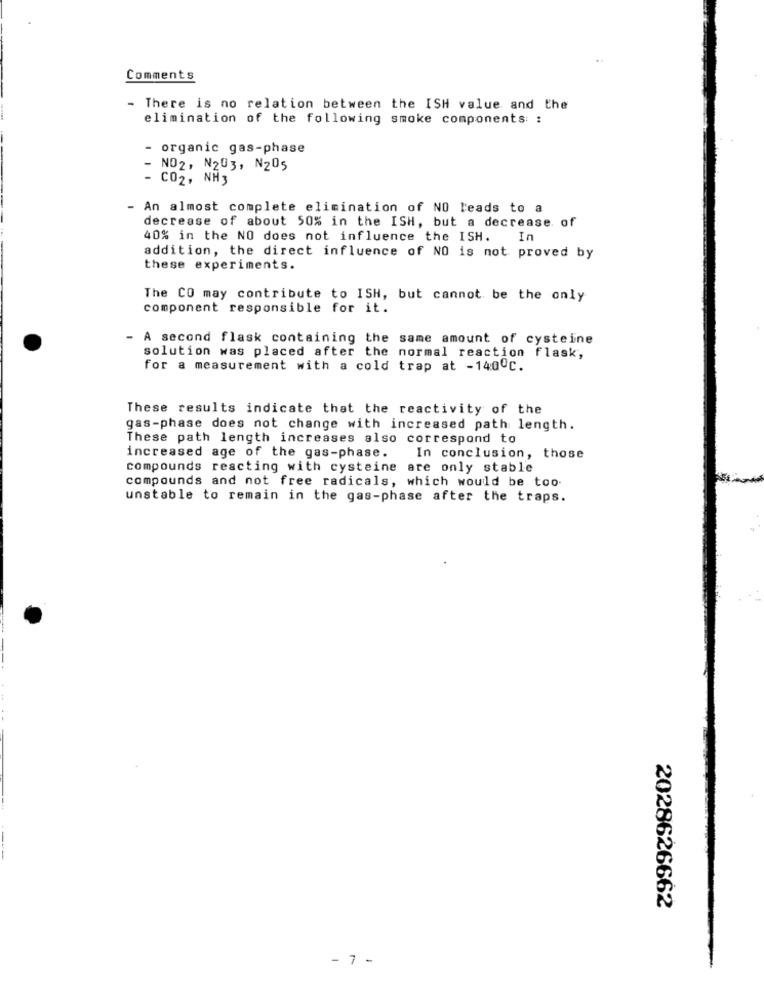
Comments
- There is no relation between the ISH value and the
elimination of the following smoke components: :
- organic gas-phase
- NO2, N203, N205
- CO2, NH3
An almost complete elimination of NO leads to a
decrease of about 50% in the ISH, but a decrease of
40% in the NO does not influence the ISH. In
addition, the direct influence of NO is not proved by
these experiments.
The CO may contribute to ISH, but cannot be the only
component responsible for it.
- A second flask containing the same amount of cysteine
solution was placed after the normal reaction flask,
for a measurement with a cold trap at -140ºc.
These results indicate that the reactivity of the
gas-phase does not change with increased path length.
These path length increases also correspond to
increased age of the gas-phase.
In conclusion, those
compounds reacting with cysteine are only stable
compounds and not free radicals, which would be too.
unstable to remain in the gas-phase after the traps.
2028626662
- 7 -